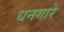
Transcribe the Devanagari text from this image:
धनगारे